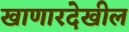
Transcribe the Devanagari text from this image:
खाणारदेखील